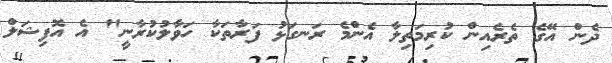
ދެން އޭގެ ތެރެއިން ކުރިމަތިލާ އެންމެ ރަނގަޅު ފަރާތަކާ ހަވާލުކުރާނީ" އެ އޮފިޝަލް